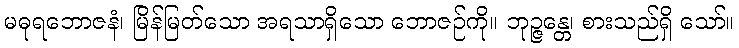
မဓုရဘောဇနံ၊ မြိန်မြတ်သော အရသာရှိသော ဘောဇဉ်ကို။ ဘုဉ္ဇန္တေ၊ စားသည်ရှိ သော်။